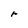
Character: r